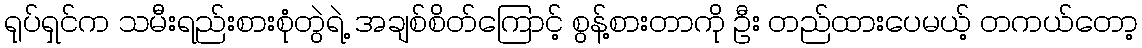
ရုပ်ရှင်က သမီးရည်းစားစုံတွဲရဲ့ အချစ်စိတ်ကြောင့် စွန့်စားတာကို ဦး တည်ထားပေမယ့် တကယ်တော့